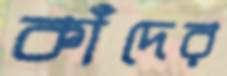
কাঁদের